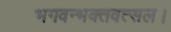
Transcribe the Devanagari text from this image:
भगवन्भक्तवत्सल।